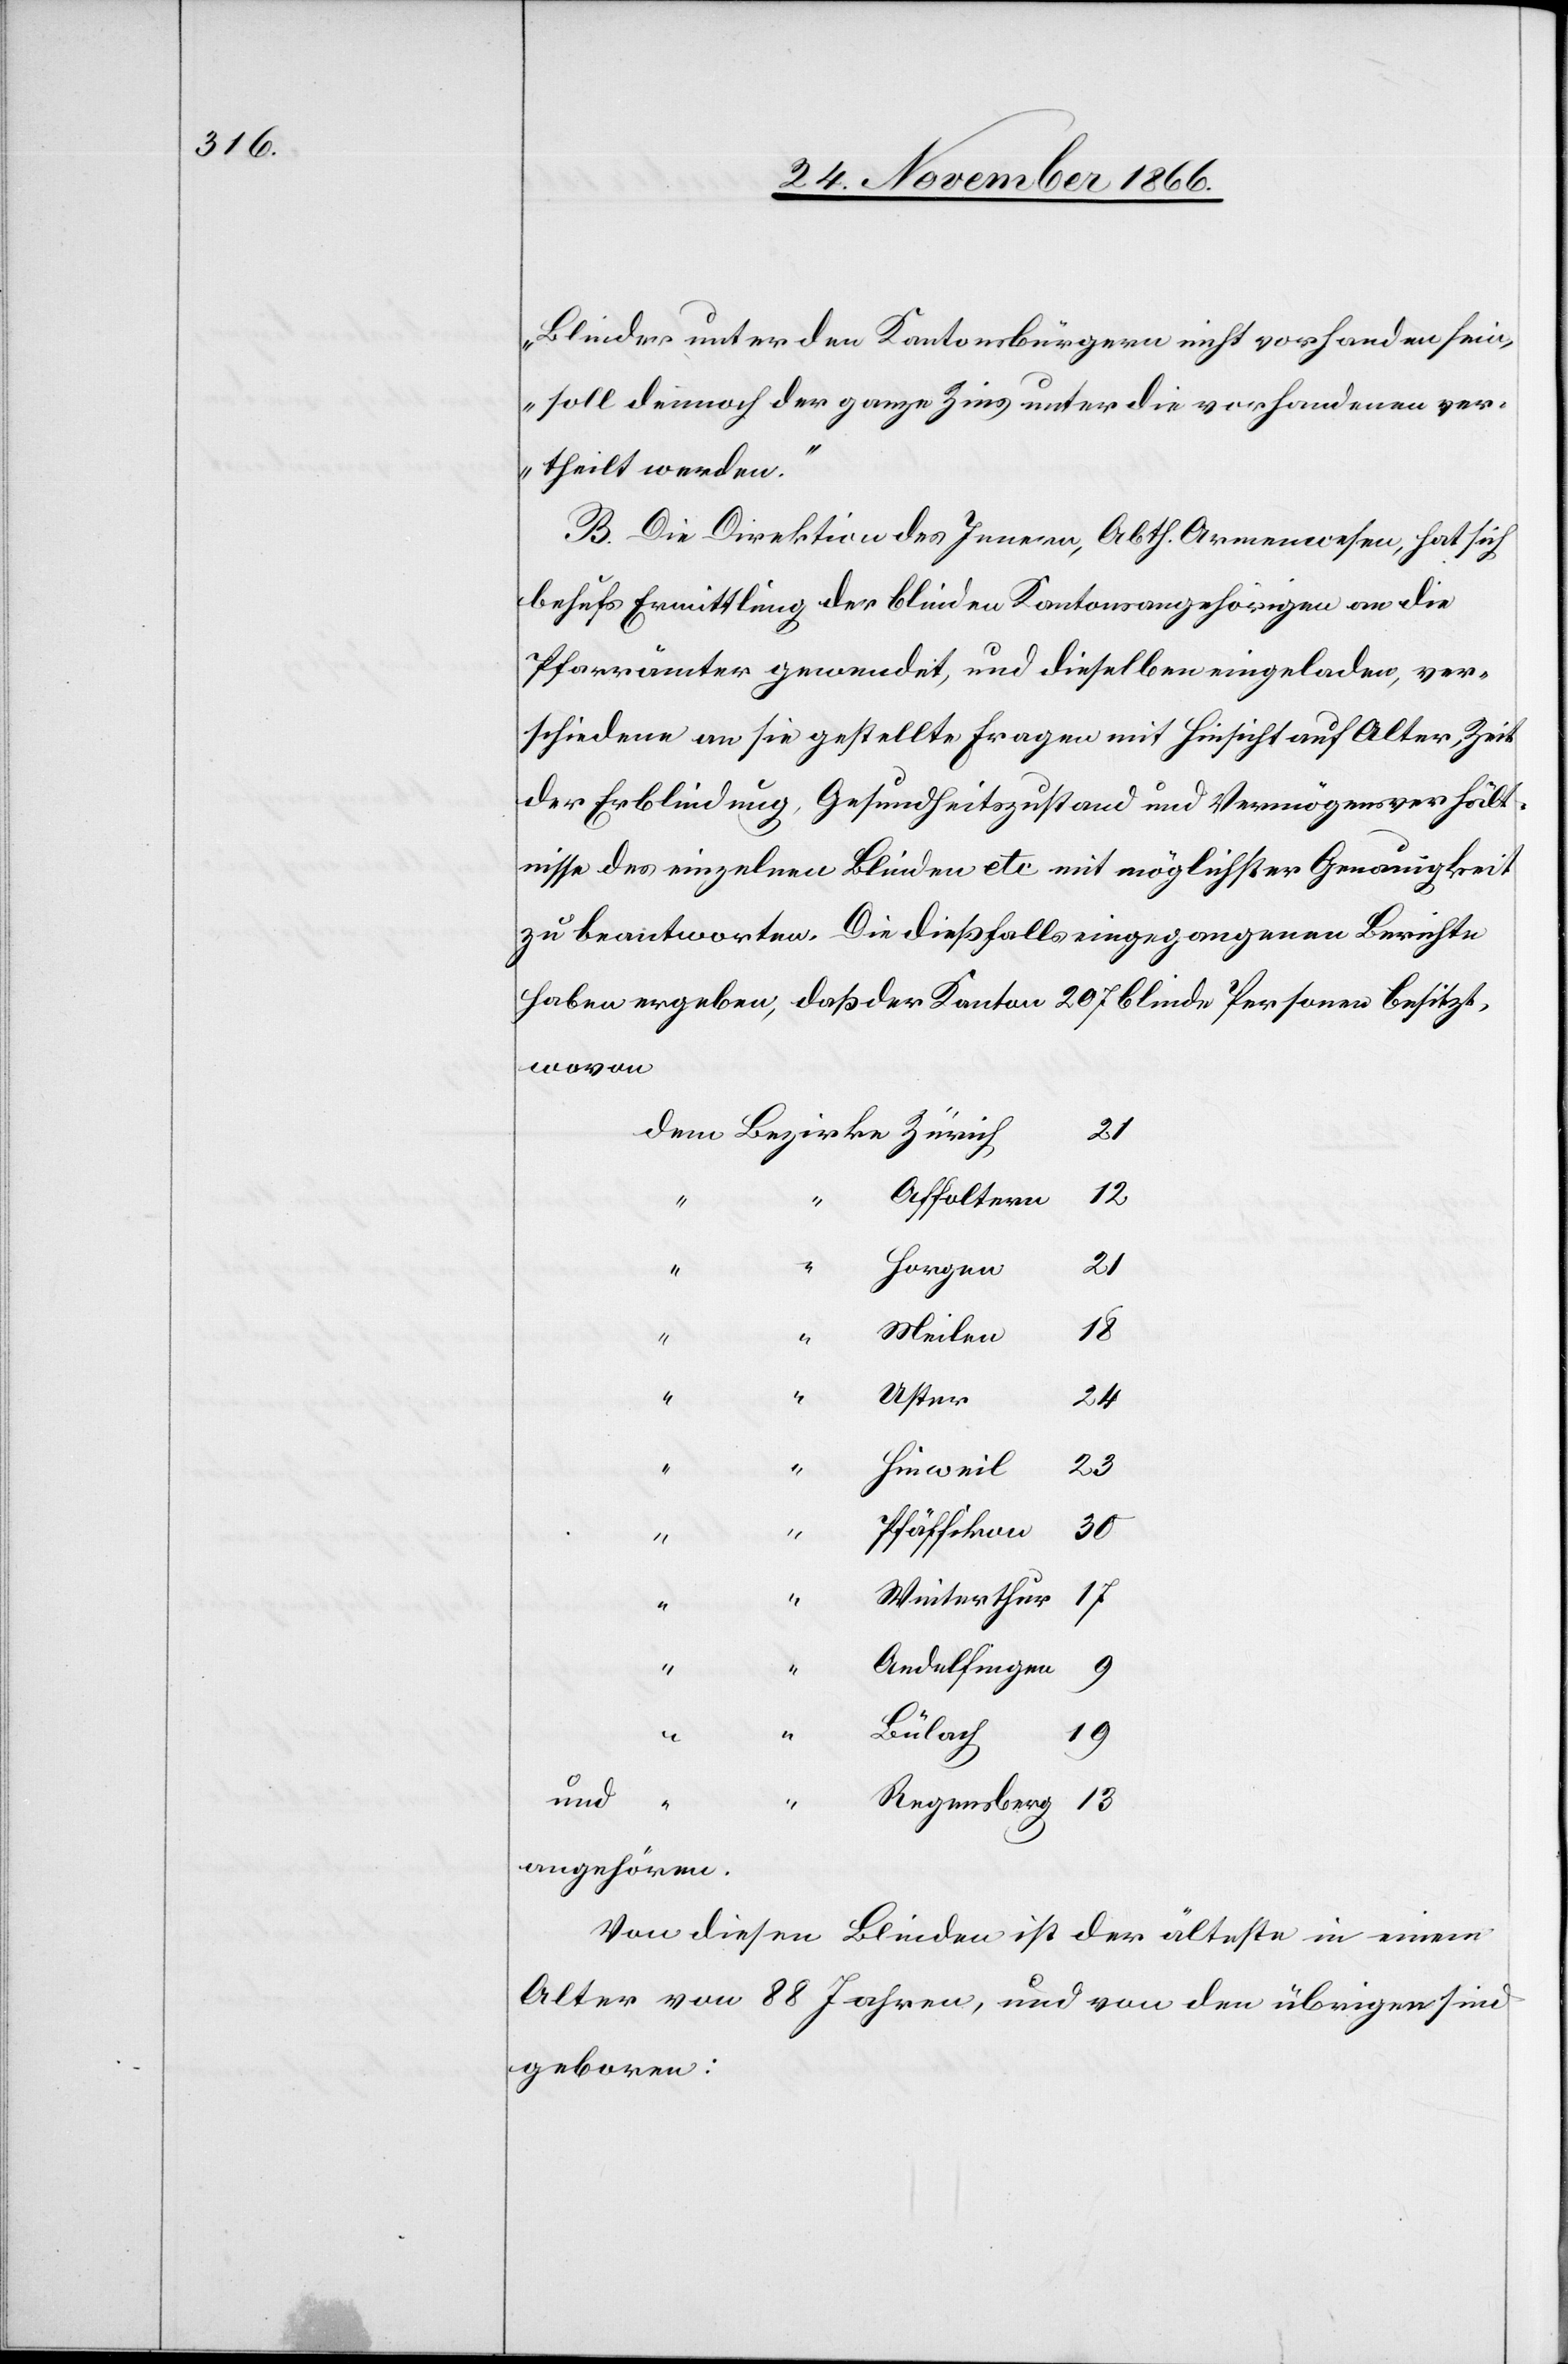
Blinder unter den Kantonsbürgern nicht vorhanden sein,
soll dennoch der ganze Zins unter die vorhandenen ver¬
theilt werden.“
B. Die Direktion des Innern, Abth. Armenwesen, hat sich
behufs Ermittlung der blinden Kantonsangehörigen an die
Pfarrämter gewendet, und dieselben eingeladen, ver¬
schiedene an sie gestellte Fragen mit Hinsicht auf Alter, Zeit
der Erblindung, Gesundheitszustand und Vermögensverhält¬
nisse des einzelnen Blinden etc. mit möglichster Genauigkeit
zu beantworten. Die dießfalls eingegangenen Berichte
haben ergeben, daß der Kanton 207 blinde Personen besitzt,
wovon
21
Affoltern
Horgen
21
“
13
Meilen
Uster
12
24
“
“
23
Hinweil
Pfäffikon
30
“
18
Winterthur
17
Andelfingen
9
“
Bülach
19
und
“
Regensberg
angehören.
Von diesen Blinden ist der älteste in einem
Alter von 88 Jahren, und von den übrigen sind
geboren: